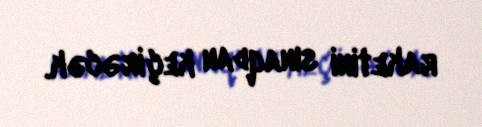
raketini sınaqdan keçirəcək.